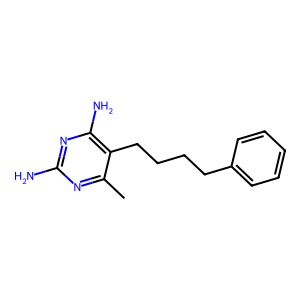
SMILES: Cc1nc(N)nc(N)c1CCCCc1ccccc1
Inhibits HIV replication: No